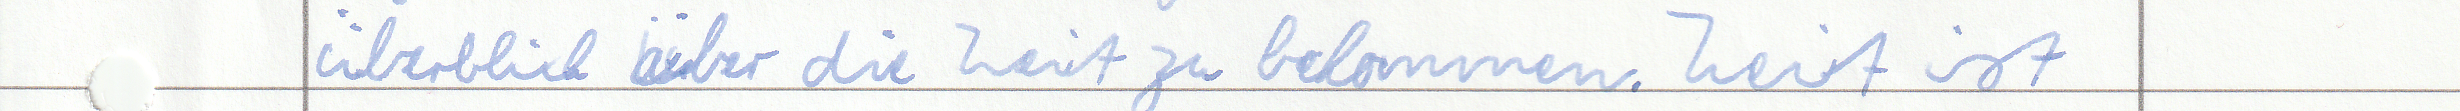
Überblick über die Zeit zu bekommen. Zeit ist